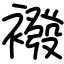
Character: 襏